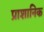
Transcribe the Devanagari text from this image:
प्राशानिक